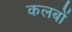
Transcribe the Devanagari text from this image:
कलबों